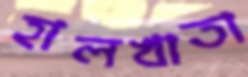
হালখাতা